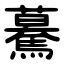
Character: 驀